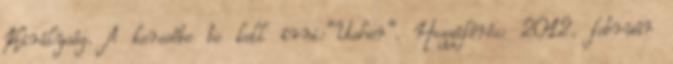
Királyság. A keresőbe be kell írni:"Usher". Hozzáférés: 2012. február